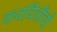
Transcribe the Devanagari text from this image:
कवयित्रींची